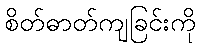
စိတ်ဓာတ်ကျခြင်းကို